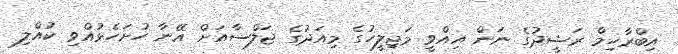
އިބްރާހިމް ރަޝީދުގެ ނަން އިއްވީ މަޖިލީހުގެ މިއަދުގެ ޖަލްސާއަށް އޭނާ ހުށަހެޅުއްވި ކުއްލި